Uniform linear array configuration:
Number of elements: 24
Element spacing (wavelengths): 1
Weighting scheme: exponential
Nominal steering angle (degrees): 0
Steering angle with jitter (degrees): -1.912
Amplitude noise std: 0.05
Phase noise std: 0.05

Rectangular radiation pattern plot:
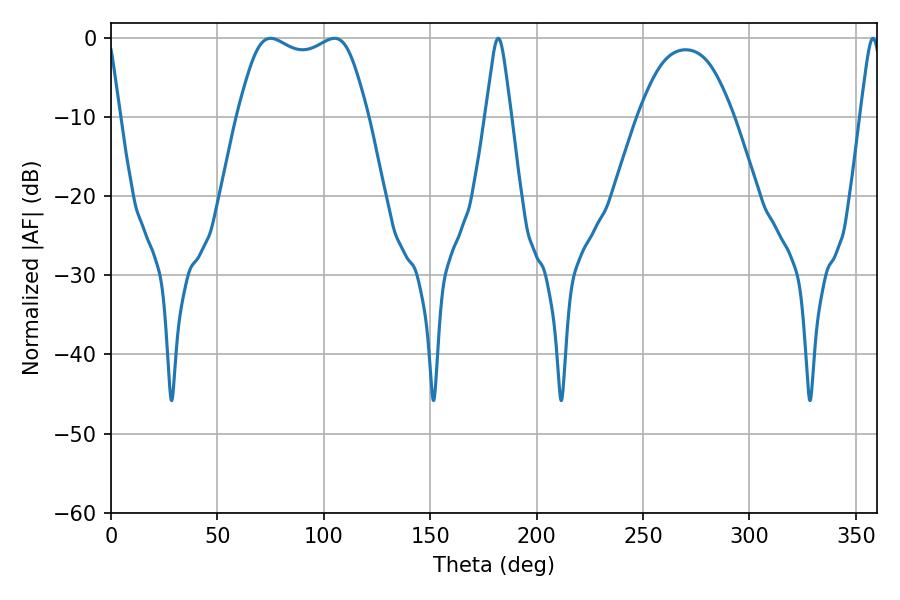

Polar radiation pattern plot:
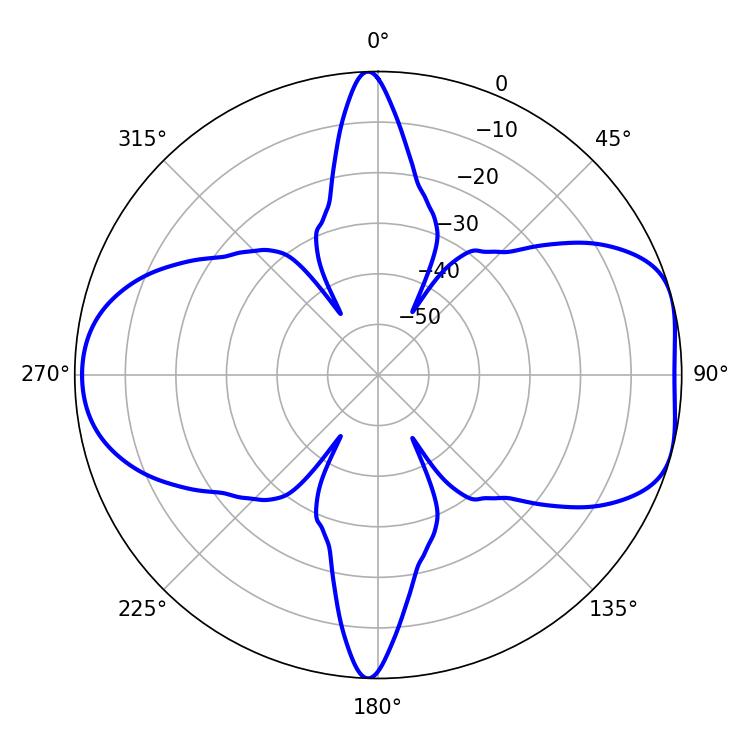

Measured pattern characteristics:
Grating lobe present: TRUE
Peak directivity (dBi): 7.332
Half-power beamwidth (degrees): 47.52
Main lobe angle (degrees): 75.06